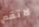
لاتقم